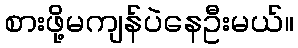
စားဖို့မကျန်ပဲနေဦးမယ်။